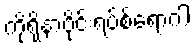
ကိုရိုနာဗိုင်းရပ်စ်ရောဂါ